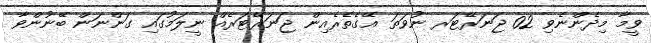
ވީމާ މިދެންނެވި 02 ޖަނަރޭޓަރ ނުވަތަ އޭގެތެރެއިން ޖަނަރޭޓަރެއް ނީލަމުގައި ގަންނަން ބޭނުންވާ